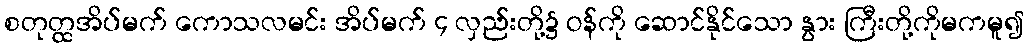
စတုတ္ထအိပ်မက် ကောသလမင်း အိပ်မက် ၄ လှည်းတို့၌ ဝန်ကို ဆောင်နိုင်သော နွား ကြီးတို့ကိုမကမူ၍